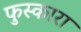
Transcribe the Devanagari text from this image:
फुस्कारा